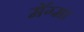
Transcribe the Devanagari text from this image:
मॅग्मा